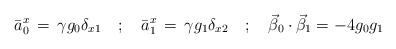
\begin{align*}\bar a_0^x \, =\, \gamma g_0 \delta_{x 1} \quad ; \quad\bar a_1^x \, =\, \gamma g_1 \delta_{x 2} \quad ; \quad\vec \beta_0 \cdot \vec \beta_1 =-4 g_0 g_1\end{align*}